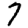
Digit: 7